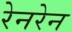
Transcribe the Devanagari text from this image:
रेनरेन